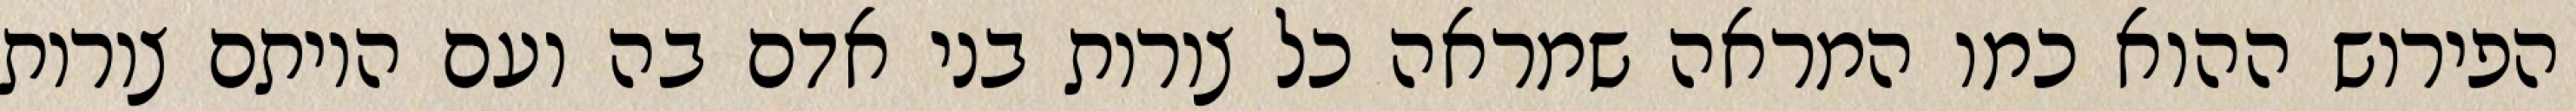
הפירוש ההוא כמו המראה שמראה כל צורות בני אדם בה ועם היותם צורות